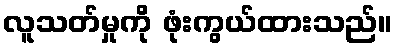
လူသတ်မှုကို ဖုံးကွယ်ထားသည်။